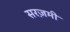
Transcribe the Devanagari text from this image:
सरज़मी